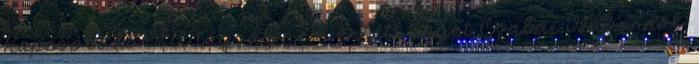
Kapcsolódók 1 A tagság nem értett egyet Csabai Gáborral,